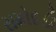
રામોદડી